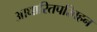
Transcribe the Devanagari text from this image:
आधारितपरिवहन